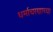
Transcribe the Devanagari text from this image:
धर्माचरणाच्या